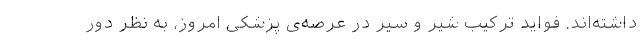
داشته‌اند. فواید ترکیب شیر و سیر در عرصه‌ی پزشکی امروز، به نظر دور